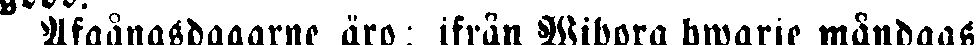
Afgångsdagarne äro : ifrån Wipora hwarje måndags